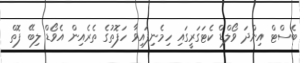
ބެސްޓް އިންދަ ވޯލްޑް ކެޓަގަރީގައި ހިމެނިފައިވާ ހަފޮތުގެ ތެރެއިން އެވޯޑް ލިބޭ ފޮތް